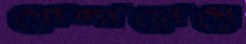
খোলাচোখে